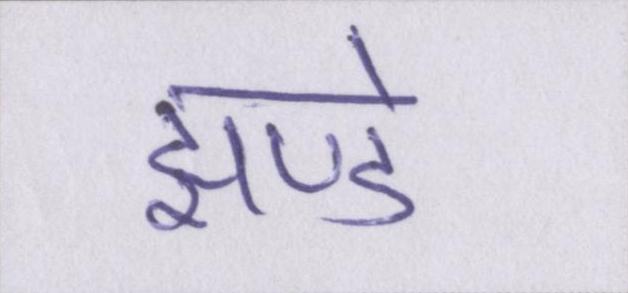
झण्डे